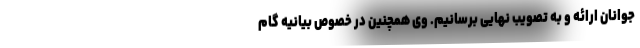
جوانان ارائه و به تصویب نهایی برسانیم. وی همچنین در خصوص بیانیه گام